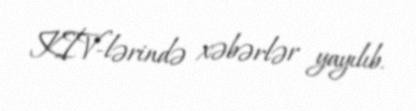
KİV-lərində xəbərlər yayılıb.